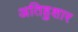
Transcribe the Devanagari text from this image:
अतिहुशार